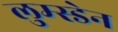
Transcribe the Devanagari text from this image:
लुम्स्डेन